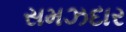
સમઝદાર